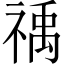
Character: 䄔